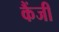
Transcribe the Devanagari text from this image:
कैंजी